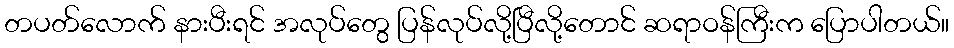
တပတ်လောက် နားပီးရင် အလုပ်တွေ ပြန်လုပ်လို့ပြီလို့တောင် ဆရာဝန်ကြီးက ပြောပါတယ်။